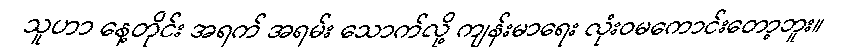
သူဟာ နေ့တိုင်း အရက် အရမ်း သောက်လို့ ကျန်းမာရေး လုံးဝမကောင်းတော့ဘူး။